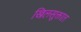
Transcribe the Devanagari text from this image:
खिलसूक्तात